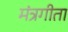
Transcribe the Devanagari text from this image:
मंत्रगीता